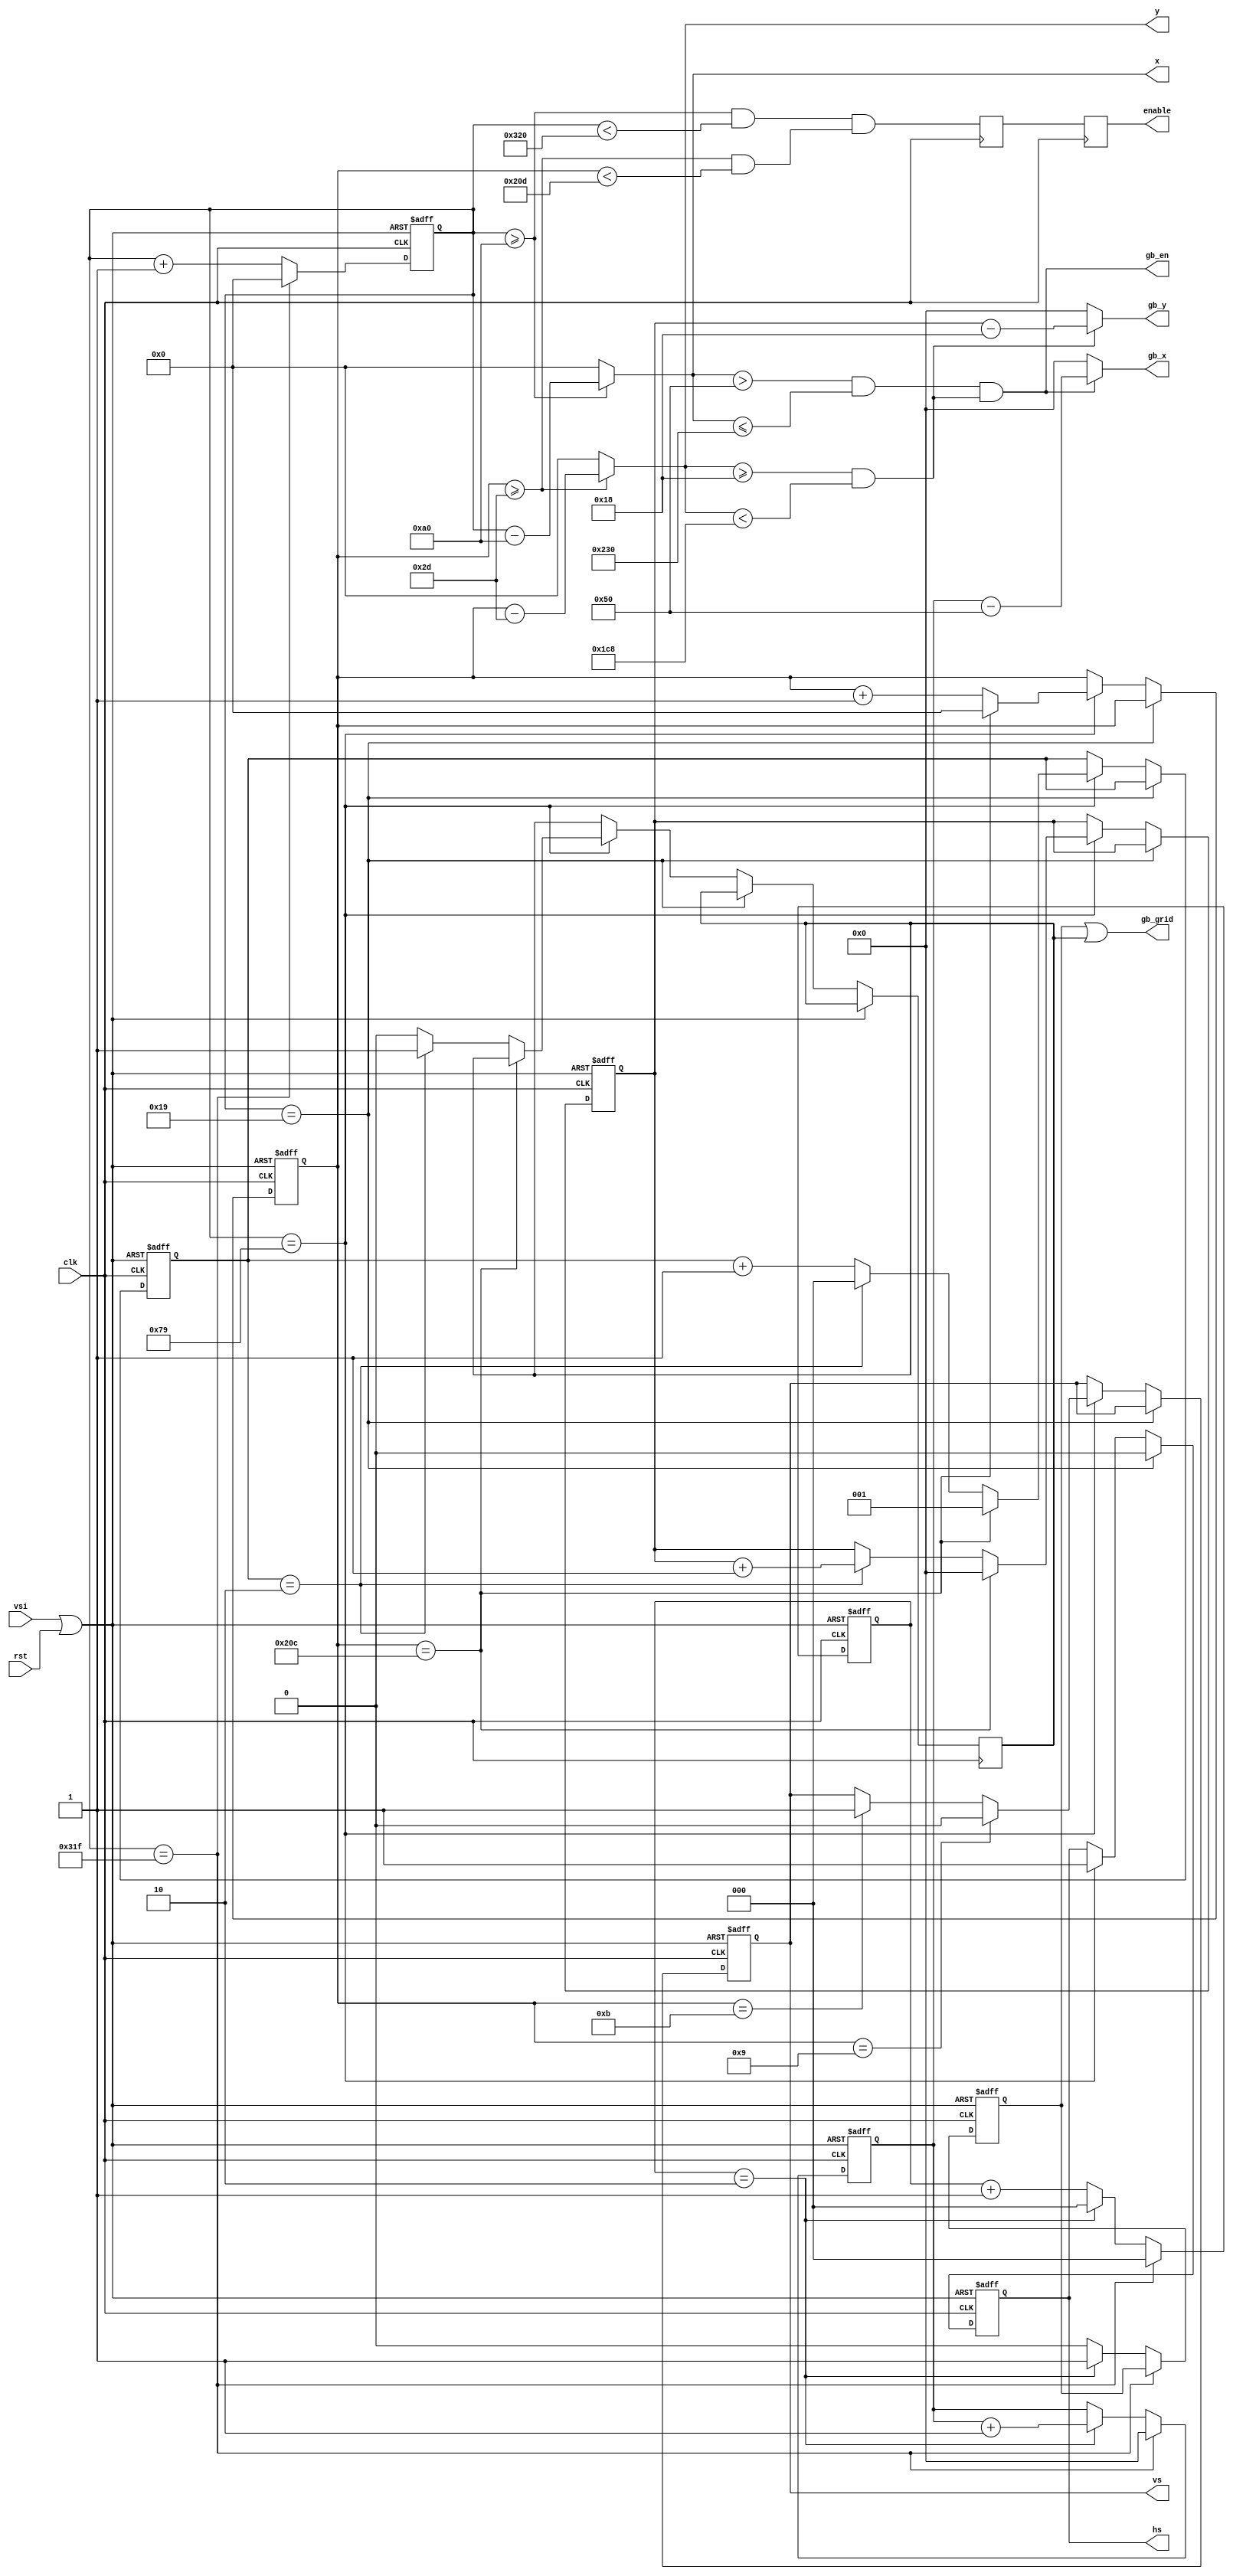
`timescale 1ns / 1ps
`default_nettype none
//////////////////////////////////////////////////////////////////////////////////
// Company: 
// 
// Design Name: 
// Module Name:        dvi_timing 
// Project Name: 
// Target Devices: 
// Tool versions: 
// Description: 
//
// Dependencies: 
//
// Revision: 
// Revision 0.01 - File Created
// Additional Comments: 
//
//////////////////////////////////////////////////////////////////////////////////
module vga_timing(
    input wire clk,
    input wire rst,
    output reg hs,
    output reg vs,
    input wire vsi,
    output wire [10:0] x,
    output wire [10:0] y,
    output wire [7:0] gb_x,
    output wire [7:0] gb_y,
    output wire gb_en,
    output wire gb_grid,
    output reg enable
    //output [19:0] address
    );

    //Horizontal
    parameter H_FRONT   = 26; //Front porch
    parameter H_SYNC    = 96; //Sync
    parameter H_BACK    = 38; //Back porch
    /*parameter H_FRONT   = 16; //Front porch
    parameter H_SYNC    = 96; //Sync
    parameter H_BACK    = 48; //Back porch*/
    parameter H_ACT     = 640;//Active pixels
    parameter H_BLANK = H_FRONT+H_SYNC+H_BACK; //Total blank length
    parameter H_TOTAL = H_FRONT+H_SYNC+H_BACK+H_ACT; //Total line length

    //Vertical
    parameter V_FRONT   = 10; //Front porch
    parameter V_SYNC    = 2;  //Sync
    parameter V_BACK    = 33; //Back porch
    parameter V_ACT     = 480;//Active lines
    parameter V_BLANK = V_FRONT+V_SYNC+V_BACK; //Total blank length
    parameter V_TOTAL = V_FRONT+V_SYNC+V_BACK+V_ACT; //Total field length

    reg [10:0] h_count;
    reg [10:0] v_count;

    reg [2:0] h_div;
    reg [2:0] v_div;

    reg [7:0] gb_x_count;
    reg [7:0] gb_y_count;
    
    reg gb_x_grid;
    reg gb_y_grid;

    reg vsi_last;
    
    wire reset = vsi | rst;
    
    always @(posedge clk, posedge reset) begin
        if(reset) begin
            h_count <= 0;
            h_div <= 0;
            gb_x_count <= 0;
            gb_x_grid <= 0;
        end
        else begin
            if(h_count == H_TOTAL - 1) begin
                h_count <= 0;
                gb_x_count <= 0;
                h_div <= 2'b00;
            end 
            else begin
                h_count <= h_count + 1'b1;
                if (h_div == 2'b10) begin
                    h_div <= 2'b00;
                    gb_x_count <= gb_x_count + 1'b1;
                    gb_x_grid <= 1'b1;
                end
                else begin
                    gb_x_grid <= 1'b0;
                    h_div <= h_div + 1'b1;
                end
            end
        end
    end

    always @(posedge clk, posedge reset) begin
        if(reset) begin
            hs <= 1;
            v_count <= 0;
            v_div <= 2'b01;
            gb_y_count <= 0;
            vs <= 1;
        end
        else begin   
            if(h_count == H_FRONT - 1)
                hs <= 1'b0;
            else 
            if(h_count == H_FRONT + H_SYNC - 1) begin
                hs <= 1'b1;
                if(v_count == V_TOTAL - 1) begin
                    v_count <= 0;
                    gb_y_count <= 0;
                    v_div <= 2'b01;
                end 
                else begin
                    v_count <= v_count + 1'b1;
                    if (v_div == 2'b10) begin
                        v_div <= 2'b00;
                        gb_y_grid <= 1'b1;
                        gb_y_count <= gb_y_count + 1'b1;
                    end
                    else begin
                        gb_y_grid <= 1'b0;
                        v_div <= v_div + 1'b1;
                    end
                end
                if((v_count == V_FRONT - 1))
                    vs <= 1'b0;
                else if((v_count == V_FRONT + V_SYNC - 1))
                    vs <= 1'b1;
            end
        end 
    end

    assign x = (h_count >= H_BLANK) ? (h_count - H_BLANK) : 11'h0;
    assign y = (v_count >= V_BLANK) ? (v_count - V_BLANK) : 11'h0;
    wire gb_x_valid = (x > 11'd80)&&(x <= 11'd560);
    wire gb_y_valid = (y >= 11'd24)&&(y < 11'd456);
    assign gb_en = (gb_x_valid)&&(gb_y_valid);
    assign gb_grid = (gb_x_grid)||(gb_y_grid);
    assign gb_x = (gb_en) ? (gb_x_count - 8'd80) : (8'h0);
    //assign gb_y = (gb_en) ? (gb_y_count - 8'd24) : (8'h0);
    assign gb_y = (gb_y_valid) ? (gb_y_count - 8'd24) : (8'h0); // Y should be always available during the period
    //assign address = y * H_ACT + x;
    wire enable_early = (((h_count >= H_BLANK) && (h_count < H_TOTAL))&&
                                     ((v_count >= V_BLANK) && (v_count < V_TOTAL)));    //One pixel shift
    // why
    reg enable_delay;
    always @(posedge clk) begin
        enable <= enable_delay;
        enable_delay <= enable_early;
    end


endmodule